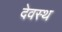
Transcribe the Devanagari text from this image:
देवस्थ